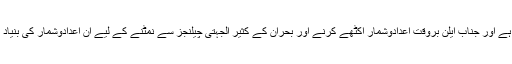
“ایبولا کا پھوٹ پڑنا ایک پیچیدہ ہنگامی صورتحال ہے اور جناب ایلن بروقت اعدادوشمار اکٹھے کرنے اور بحران کے کثیر الجہتی چیلنجز سے نمٹنے کے لیے ان اعدادوشمار کی بنیاد پر فیصلے کا واضح نظریہ اور ادراک رکھتے ہیں۔